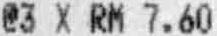
@3 X RM 7.60